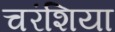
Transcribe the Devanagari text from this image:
चरंशिया